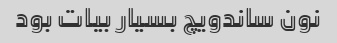
نون ساندویچ بسیار بیات بود